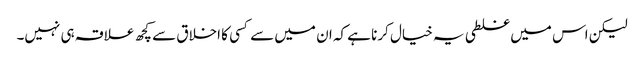
لیکن اس میں غلطی یہ خیال کرنا ہے کہ ان میں سے کسی کا اخلاق سے کچھ علاقہ ہی نہیں۔